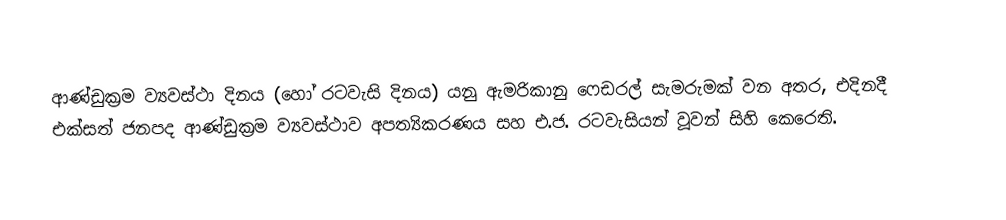
ආණ්ඩුක්‍රම ව්‍යවස්ථා දිනය (හෝ රටවැසි දිනය) යනු  ඇමරිකානු ෆෙඩරල්  සැමරුමක් වන අතර, එදිනදී එක්සත් ජනපද ආණ්ඩුක්‍රම ව්‍යවස්ථාව අපත්‍යිකරණය සහ එ.ජ. රටවැසියන් වූවන් සිහි කෙරෙති.